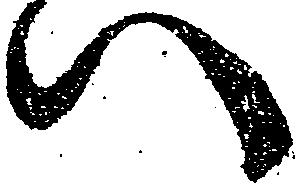
い